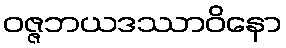
ဝဇ္ဇဘယဒဿာဝိနော